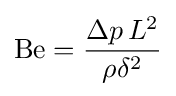
\mathrm {Be} ={\frac {\Delta p\,L^{2}}{\rho \delta ^{2}}}